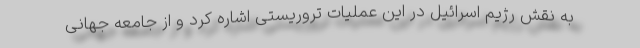
به نقش رژیم اسرائیل در این عملیات تروریستی اشاره کرد و از جامعه جهانی